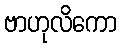
ဗာဟုလိကော